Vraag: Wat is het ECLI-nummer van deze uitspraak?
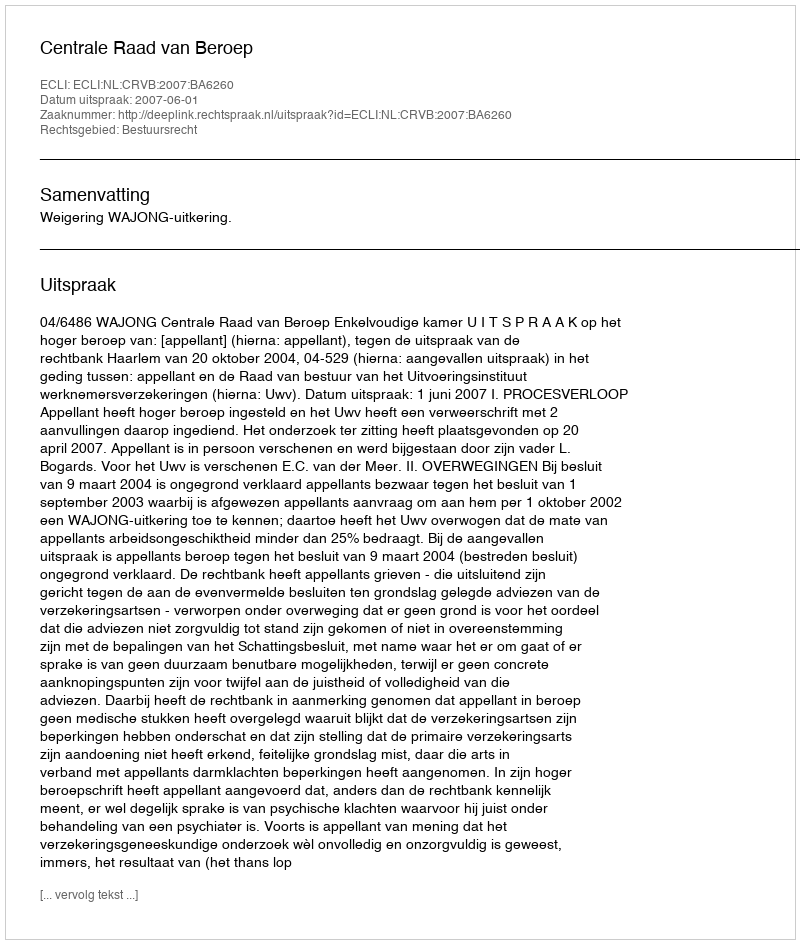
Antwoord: ECLI:NL:CRVB:2007:BA6260